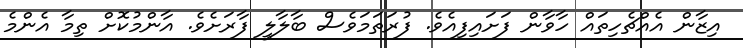
އިޒާން އެއްޗެހިތައް ހާވާން ފަށައިފިއެވެ. ފުރަތަމަވެސް ބާލާލީ ފާރަށެވެ. އާންމުކޮށް ތިމާ އެންމެ